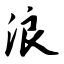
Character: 浪